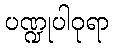
ပဏ္ဍုပါဝုရာ